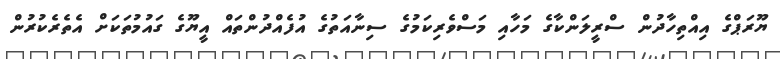
ޔޫރަޕްގެ އިއްތިހާދުން ސްރީލަންކާގެ މަހާއި މަސްވެރިކަމުގެ ސިނާއަތުގެ އުފެއްދުންތައް އީޔޫގެ ގައުމުތަކަށް އެތެރެކުރުން